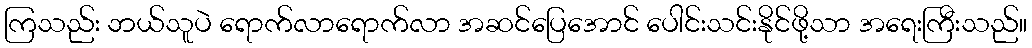
ကြသည်း ဘယ်သူပဲ ရောက်လာရောက်လာ အဆင်ပြေအောင် ပေါင်းသင်းနိုင်ဖို့သာ အရေးကြီးသည်။